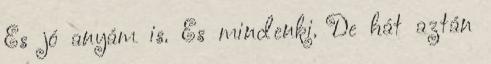
És jó anyám is. És mindenki. De hát aztán